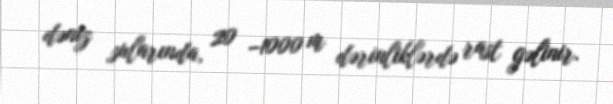
dəniz sularında, 20 –1000 m dərinliklərdə rast gəlinir.